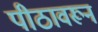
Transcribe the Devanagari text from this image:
पीठावरून